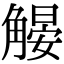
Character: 𧤨